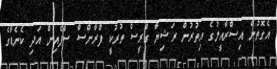
އެގޮތުން އިސްރާއީލުގެ އިތުރުން ރަޝިޔާ ގްރީސް ތުރުކީ ފްރާންސް ސްޕެއިން އަދި ކެނެޑާގެ